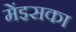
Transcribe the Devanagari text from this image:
मेंइसका